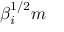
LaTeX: \beta _ { i } ^ { 1 / 2 } m